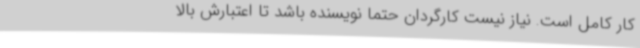
کار کامل است. نیاز نیست کارگردان حتما نویسنده باشد تا اعتبارش بالا